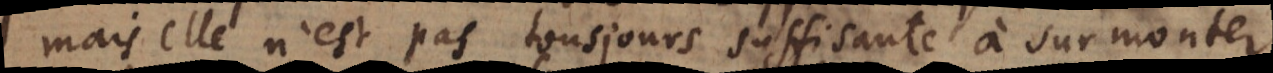
mais elle n’est pas tousjours suffisante In